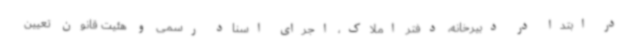
در ابتدا در دبیرخانه، دفتر املاک، اجرای اسناد رسمی و هئیت قانون تعیین